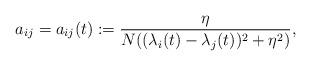
LaTeX: \begin{align*} a_{ij}=a_{ij}(t):=\frac{\eta}{N((\lambda_i(t)-\lambda_j(t))^2+\eta^2)}, \end{align*}